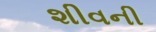
શીવની